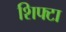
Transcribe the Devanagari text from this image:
शिफ्टा